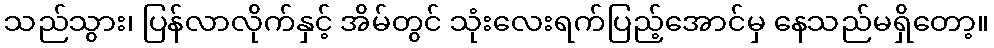
သည်သွား၊ ပြန်လာလိုက်နှင့် အိမ်တွင် သုံးလေးရက်ပြည့်အောင်မှ နေသည်မရှိတော့။